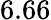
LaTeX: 6.66